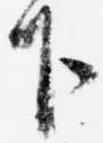
下